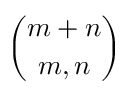
\binom { m + n } { m , n }